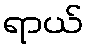
ရာယ်